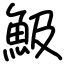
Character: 魥